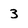
Character: 3